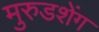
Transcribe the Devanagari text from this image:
मुरुडशेंग